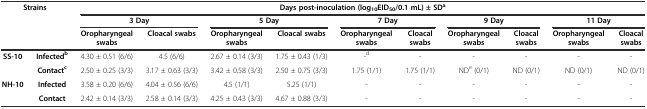
<table><thead><tr><td rowspan="3" colspan="2"><b>Strains</b></td><td colspan="10"><b>Days post-inoculation (log<sub>10</sub>EID<sub>50</sub>/0.1 mL) ± SD<sup>a</sup></b></td></tr><tr><td colspan="2"><b>3 Day</b></td><td colspan="2"><b>5 Day</b></td><td colspan="2"><b>7 Day</b></td><td colspan="2"><b>9 Day</b></td><td colspan="2"><b>11 Day</b></td></tr><tr><td><b>Oropharyngeal swabs</b></td><td><b>Cloacal swabs</b></td><td><b>Oropharyngeal swabs</b></td><td><b>Cloacal swabs</b></td><td><b>Oropharyngeal swabs</b></td><td><b>Cloacal swabs</b></td><td><b>Oropharyngeal swabs</b></td><td><b>Cloacal swabs</b></td><td><b>Oropharyngeal swabs</b></td><td><b>Cloacal swabs</b></td></tr></thead><tbody><tr><td rowspan="2"><b>SS-10</b></td><td><b>Infected</b><sup><b>b</b></sup></td><td>4.30 ± 0.51 (6/6)</td><td>4.5 (6/6)</td><td>2.67 ± 0.14 (3/3)</td><td>1.75 ± 0.43 (1/3)</td><td>-<sup>d</sup></td><td>-</td><td>-</td><td>-</td><td>-</td><td>-</td></tr><tr><td><b>Contact</b><sup><b>c</b></sup></td><td>2.50 ± 0.25 (3/3)</td><td>3.17 ± 0.63 (3/3)</td><td>3.42 ± 0.58 (3/3)</td><td>2.50 ± 0.75 (3/3)</td><td>1.75 (1/1)</td><td>1.75 (1/1)</td><td>ND<sup>e</sup> (0/1)</td><td>ND (0/1)</td><td>ND (0/1)</td><td>ND (0/1)</td></tr><tr><td rowspan="2"><b>NH-10</b></td><td><b>Infected</b></td><td>3.58 ± 0.20 (6/6)</td><td>4.04 ± 0.56 (6/6)</td><td>4.5 (1/1)</td><td>5.25 (1/1)</td><td>-</td><td>-</td><td>-</td><td>-</td><td>-</td><td>-</td></tr><tr><td><b>Contact</b></td><td>2.42 ± 0.14 (3/3)</td><td>2.58 ± 0.14 (3/3)</td><td>4.25 ± 0.43 (3/3)</td><td>4.67 ± 0.88 (3/3)</td><td>-</td><td>-</td><td>-</td><td>-</td><td>-</td><td>-</td></tr></tbody></table>